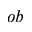
o b